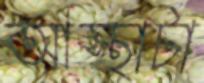
আস্থাটা